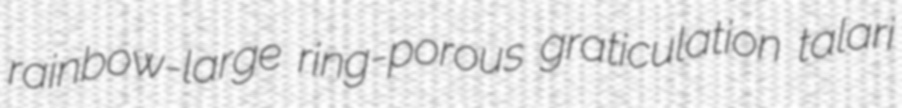
rainbow-large ring-porous graticulation talari